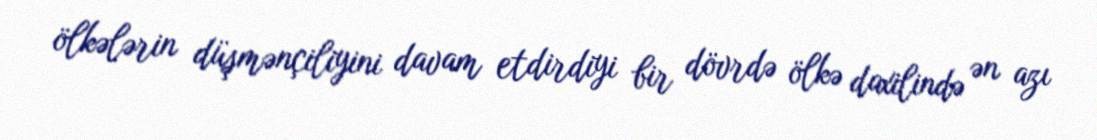
ölkələrin düşmənçiliyini davam etdirdiyi bir dövrdə ölkə daxilində ən azı